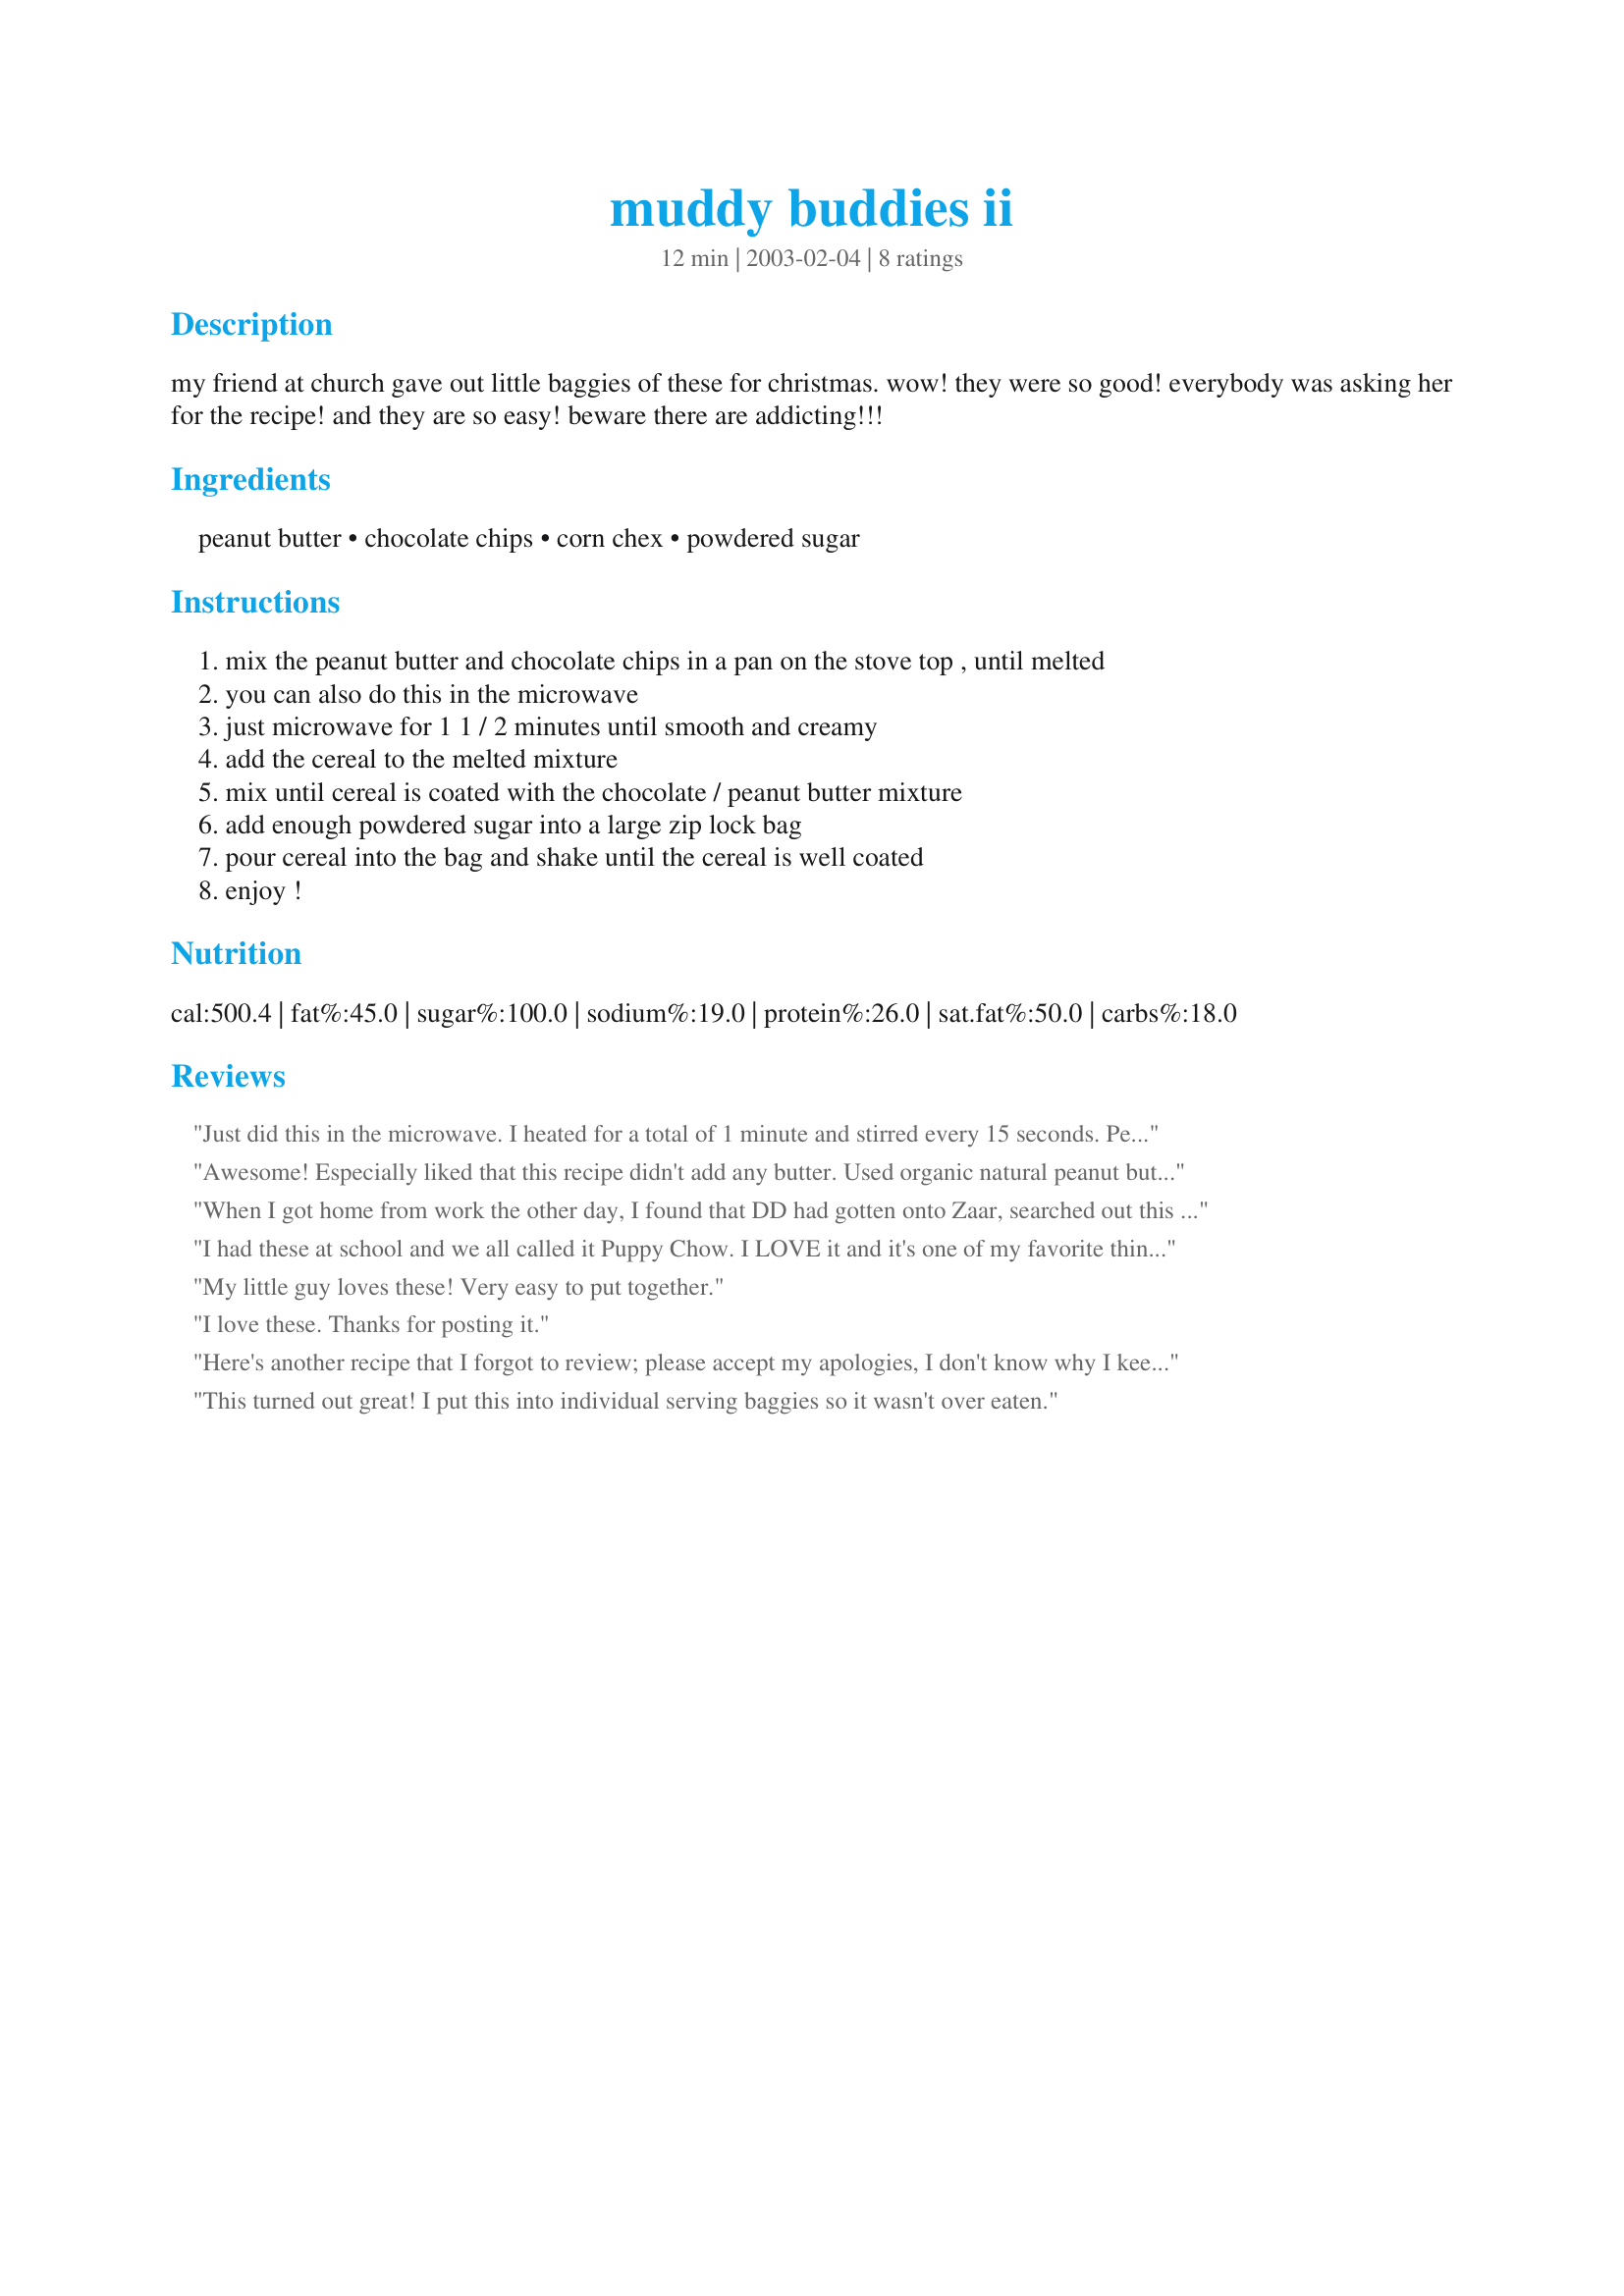
muddy buddies ii
Preparation time: 12 minutes

my friend at church gave out little baggies of these for christmas. wow! they were so good! everybody was asking her for the recipe! and they are so easy! beware there are addicting!!!

Ingredients:
peanut butter, chocolate chips, corn chex, powdered sugar

Steps:
mix the peanut butter and chocolate chips in a pan on the stove top , until melted
you can also do this in the microwave
just microwave for 1 1 / 2 minutes until smooth and creamy
add the cereal to the melted mixture
mix until cereal is coated with the chocolate / peanut butter mixture
add enough powdered sugar into a large zip lock bag
pour cereal into the bag and shake until the cereal is well coated
enjoy !

Reviews:
Just did this in the microwave. I heated for a total of 1 minute and stirred every 15 seconds. Perfect!
Awesome! Especially liked that this recipe didn't add any butter. Used organic natural peanut butter from Costco and a whole box of cereal that I found deep in the recesses of my pantry: Honey Maid graham cereal, a small sweet shredded wheat. Worked really well, and the entire batch was gone before bedtime. Thanks for sharing!
When I got home from work the other day, I found that DD had gotten onto Zaar, searched out this recipe (which we have made before, but she couldn't find in my sorry excuse for recipe files!) & made it up on her own. This is a very yummy treat that my kids both love. I was pleased that DD took the initiative to look for it on Zaar & make it on her own. Thanks for posting this recipe, buttercup!
I had these at school and we all called it Puppy Chow. I LOVE it and it's one of my favorite things to bring in a trip because so little makes soo much
My little guy loves these! Very easy to put together.
I love these. Thanks for posting it.
Here's another recipe that I forgot to review; please accept my apologies, I don't know why I keep forgetting to do this.
Anyway, these little snacks are SO yummy!
Very quick and easy to make. It's a good thing too, because they disappear almost as fast as you can make them.
Thanks for the delicious recipe!
This turned out great! I put this into individual serving baggies so it wasn't over eaten.
